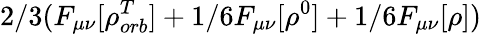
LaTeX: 2/3(F_{\mu\nu}[\rho_{orb}^{T}]+1/6F_{\mu\nu}[\rho^{0}]+1/6F_{\mu\nu}[\rho])